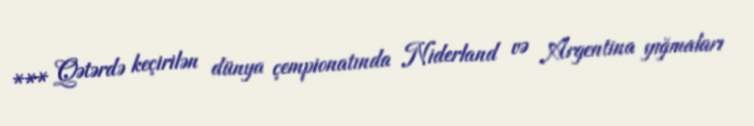
*** Qətərdə keçirilən dünya çempionatında Niderland və Argentina yığmaları